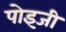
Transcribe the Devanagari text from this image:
पोइजी